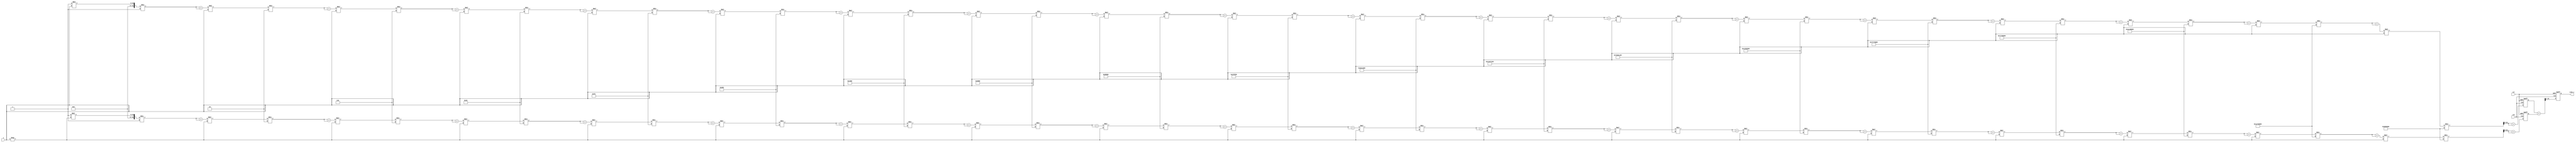
module Cosh(
    input  wire [15:0] x,      // input value (fixed-point)
    output reg  [15:0] cosh_x,  // computed hyperbolic cosine (fixed-point)
    input  wire clk,
    input  wire rst
);

    // Constants for Taylor series calculation
    localparam integer N = 10;  // Number of terms in the Taylor series

    reg [31:0] e_pos;   // e^x
    reg [31:0] e_neg;   // e^-x
    reg [31:0] term;    // Term used for the Taylor series
    reg [31:0] sum;     // Running sum for e^x
    reg [31:0] neg_sum; // Running sum for e^-x

    integer i;
    
    // Taylor series term calculation
    function [31:0] taylor_exp;
        input [15:0] value;
        integer order;
        reg [31:0] temp;
        reg signed [31:0] fact;  // Factorial
        begin
            temp = 32'h00000001; // e^0
            fact = 1; // 0! = 1
            for (order = 1; order < 20; order = order + 1) begin
                fact = fact * order; // Calculate factorial
                temp = temp * value; // Calculate x^n
                temp = temp / (fact); // Divide x^n by n!
                temp = temp + temp; // Add to the sum
            end
            taylor_exp = temp;
        end
    endfunction

    // Main logic to compute e^x and e^-x
    always @(posedge clk or posedge rst) begin
        if (rst) begin
            cosh_x <= 16'd1;  // cosh(0) = 1
            e_pos <= 0;
            e_neg <= 0;
            sum <= 0;
            neg_sum <= 0;
        end else begin
            // Calculate e^x
            e_pos <= taylor_exp(x);
            // Calculate e^-x by using e^(-x) = 1/e^x
            e_neg <= taylor_exp(-x);
            // Compute cosh(x)
            cosh_x <= (e_pos + e_neg) >> 1; // Divide by 2
        end
    end

endmodule